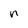
Character: n